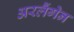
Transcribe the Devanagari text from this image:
अरलैंगेन